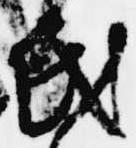
氏